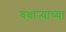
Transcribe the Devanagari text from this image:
बंधाऱ्याच्या